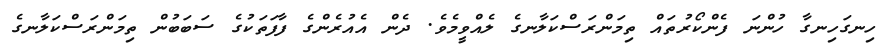
ހިނގަހިނގާ ހުންނަ ފެންކޯރުތައް ތިމަންރަސްކަލާނގެ ލެއްވީމެވެ. ދެން އެއުރެންގެ ފާފަތަކުގެ ސަބަބުން ތިމަންރަސްކަލާނގެ